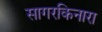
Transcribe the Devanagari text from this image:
सागरकिनारा